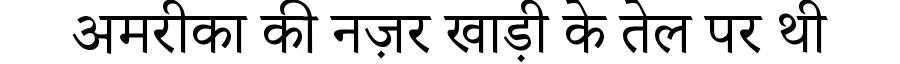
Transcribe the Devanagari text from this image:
अमरीका की नज़र खाड़ी के तेल पर थी